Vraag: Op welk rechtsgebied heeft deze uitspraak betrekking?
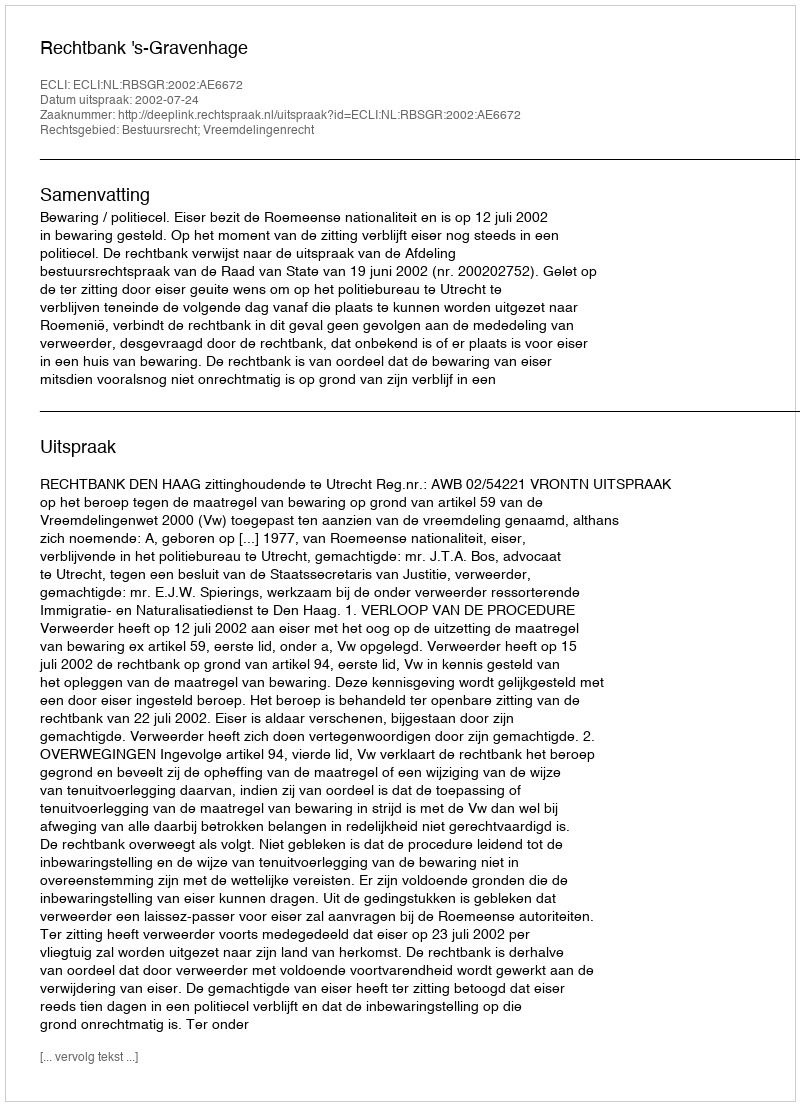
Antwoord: Bestuursrecht; Vreemdelingenrecht